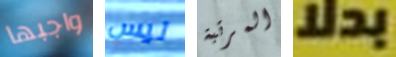
واجبها ليس المرتبة بدلا